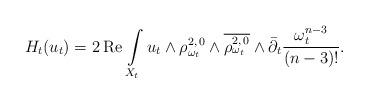
LaTeX: \begin{align*}H_t (u_t)= 2 \,\mbox{Re}\,\int\limits_{X_t} u_t\wedge\rho_{\omega_t} ^{2,\,0}\wedge\overline{\rho_{\omega_t} ^{2,\,0}}\wedge\bar\partial_t \frac{\omega_t ^{n-3}}{(n-3)!}.\end{align*}